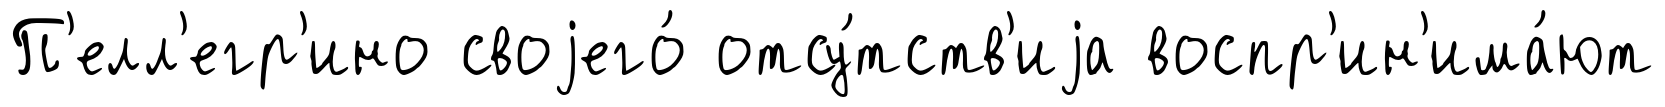
П'елл'егр'ино своjего́ отсу́тств'иjа воспр'ин'има́ют